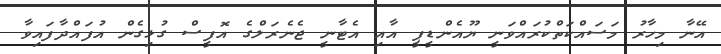
އޭނާ މިހާރު މަސައްކަތްކުރައްވަނީ ޔޫއެންޑީޕީ އާއި އެޓާނީ ޖެނެރަލްގެ އޮފީސް ގުޅިގެން އުފައްދާފައިވާ